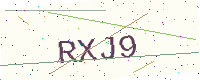
Text: RXJ9